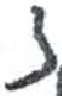
אות: צ